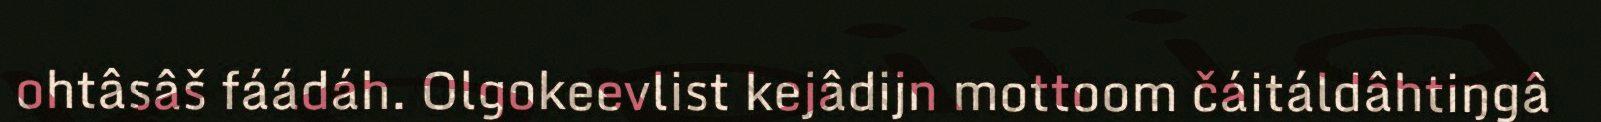
ohtâsâš fáádáh. Olgokeevlist kejâdijn mottoom čáitáldâhtiŋgâ